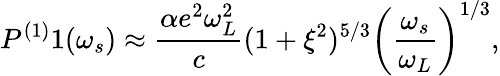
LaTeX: P^{(1)}1(\omega_{s})\approx\frac{\alpha e^{2}\omega_{L}^{2}}{c}(1+\xi^{2})^{5/3}\left(\frac{\omega_{s}}{\omega_{L}}\right)^{1/3},